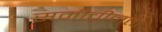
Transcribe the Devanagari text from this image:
समीचीनता